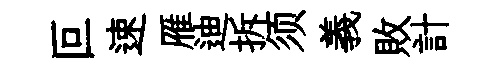
叵速雁迪拆须義敗計